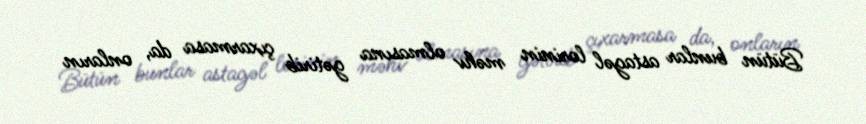
Bütün bunlar astagəl lorinin məhv olmasına gətirib çıxarmasa da, onların